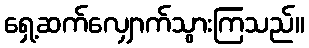
ရှေ့ဆက်လျှောက်သွားကြသည်။